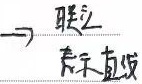
此时有\(S_{min}=\frac{1}{4 + 3\sqrt{3}+\pi}\)。联立表示直线